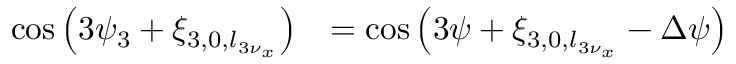
\begin{array} { c l } { \displaystyle \cos \left( 3 \psi _ { 3 } + \xi _ { 3 , 0 , l _ { 3 \nu _ { x } } } \right) } & { = \displaystyle \cos \left( 3 \psi + \xi _ { 3 , 0 , l _ { 3 \nu _ { x } } } - \Delta \psi \right) } \end{array}